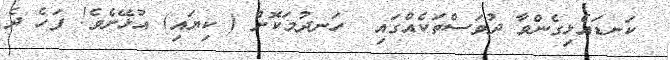
ކަނޑައެޅިގެންވާ ދުވަސްތަކެއްގައި  ހަނދުމަކޮށް ( ކިޔައި) އުޅޭށެވެ! ފަހެ ދެ